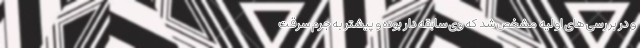
و در بررسی های اولیه مشخص شد که وی سابقه دار بوده و پیشتر به جرم سرقت